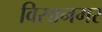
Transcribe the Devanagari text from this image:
विसानगर